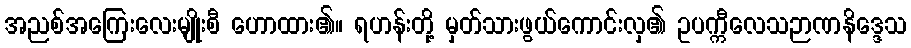
အညစ်အကြေးလေးမျိုးစီ ဟောထား၏။ ရဟန်းတို့ မှတ်သားဖွယ်ကောင်းလှ၏ ဥပက္ကီလေသဉာဏနိဒ္ဒေသ